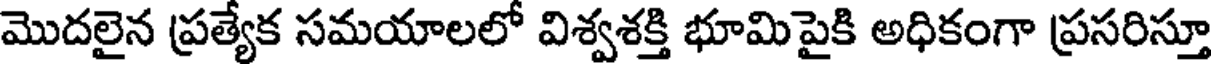
మొదలైన ప్రత్యేక సమయాలలో విశ్వశక్తి భూమిపైకి అధికంగా ప్రసరిస్తూ